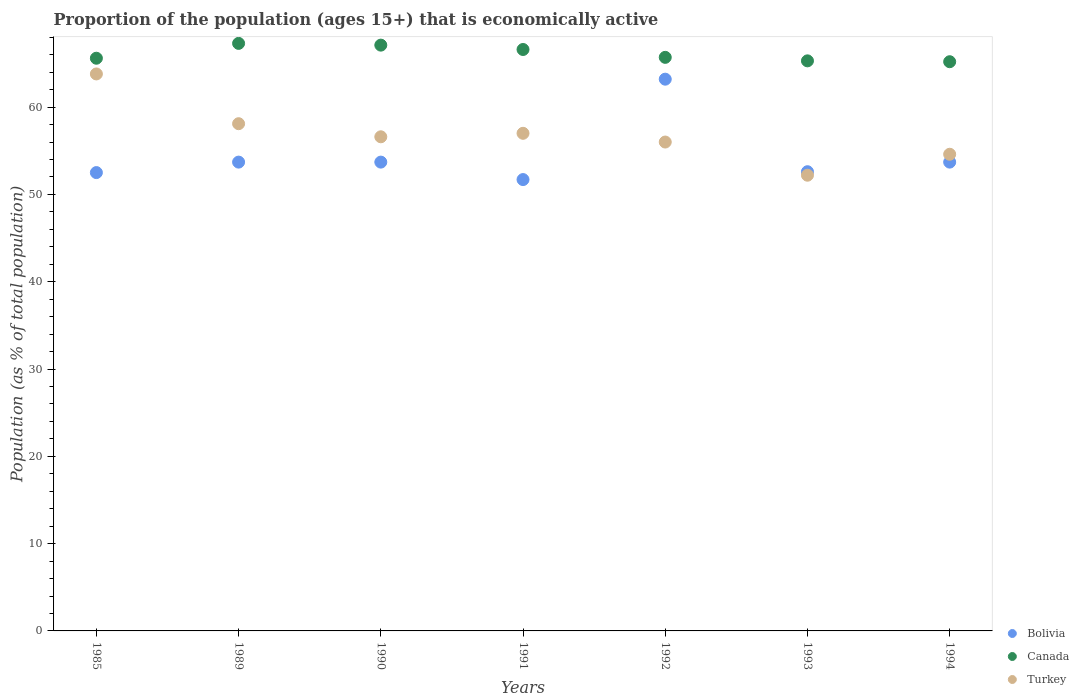
| Years | Bolivia | Canada | Turkey |
 | --- | --- | --- | --- |
 | 1985 | 52.5 | 65.6 | 63.8 |
 | 1989 | 53.7 | 67.3 | 58.1 |
 | 1990 | 53.7 | 67.1 | 56.6 |
 | 1991 | 51.7 | 66.6 | 57 |
 | 1992 | 63.2 | 65.7 | 56 |
 | 1993 | 52.6 | 65.3 | 52.2 |
 | 1994 | 53.7 | 65.2 | 54.6 |